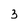
Character: 3